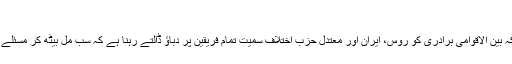
‘
تاہم انہوں نے کہا کہ بین الاقوامی برادری کو روس، ایران اور معتدل حزب اختلاف سمیت تمام فریقین پر دباؤ ڈالتے رہنا ہے کہ سب مل بیٹھ کر مسئلے کا حل تلاش کریں۔